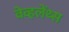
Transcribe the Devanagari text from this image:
वेव्हलेंथ्स